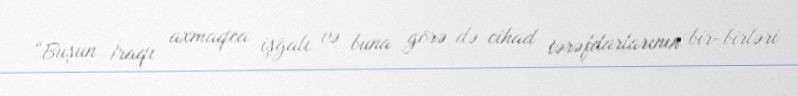
“Buşun İraqı axmaqca işğalı və buna görə də cihad tərəfdarlarının bir-birləri